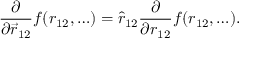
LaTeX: \frac { \partial } { \partial \vec { r } _ { 1 2 } } f ( r _ { 1 2 } , \ldots ) = \hat { r } _ { 1 2 } \frac { \partial } { \partial r _ { 1 2 } } f ( r _ { 1 2 } , \ldots ) .